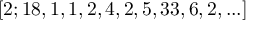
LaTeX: [ 2 ; 1 8 , 1 , 1 , 2 , 4 , 2 , 5 , 3 3 , 6 , 2 , . . . ]